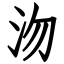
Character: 沕